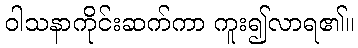
ဝါသနာကိုင်းဆက်ကာ ကူး၍လာရ၏။